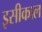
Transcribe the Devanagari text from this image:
इसीकाल